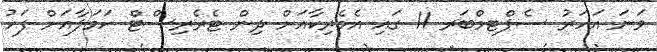
ވަނަ އަހަރު ސެޕްޓމްބަރ 11 ގައި އެމެރިކާއަށް ދިން ޓެރެރިސްޓް ހަމަލާއަށް ފަހު